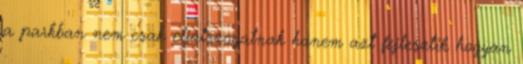
a parkban nem csak eljátszogatnak hanem azt fejlesztik hogyan